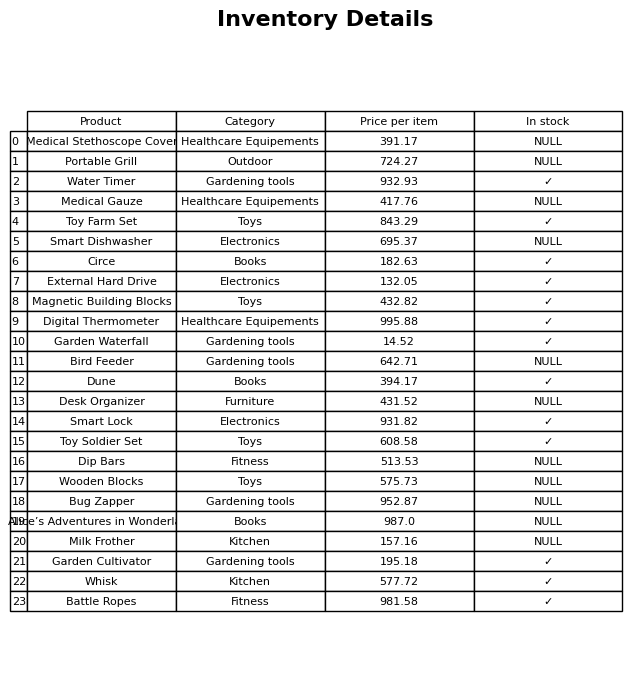
question: What is the price of the Medical Stethoscope Cover?
answer: The price of Medical Stethoscope Cover is 391.17.